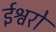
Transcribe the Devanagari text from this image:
ईश्वरो